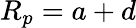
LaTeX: R_{p}=a+d